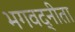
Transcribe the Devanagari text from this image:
भगवद्नीता